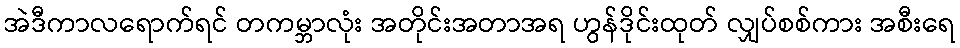
အဲဒီကာလရောက်ရင် တကမ္ဘာလုံး အတိုင်းအတာအရ ဟွန်ဒိုင်းထုတ် လျှပ်စစ်ကား အစီးရေ